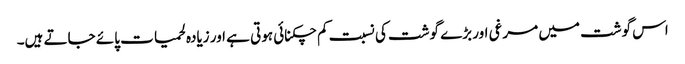
اس گوشت میں مرغی اور بڑے گوشت کی نسبت کم چکنائی ہوتی ہے اور زیادہ لحمیات پائے جاتے ہیں۔